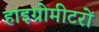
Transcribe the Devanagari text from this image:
हाइग्रोमीटरों